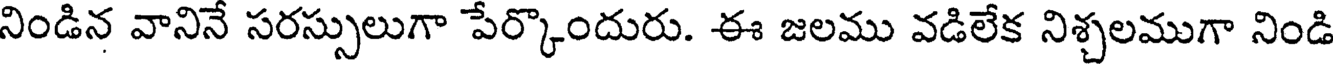
నిండిన వానినే సరస్సులుగా పేర్కొందురు. ఈ జలము వడిలేక నిశ్చలముగా నిండి